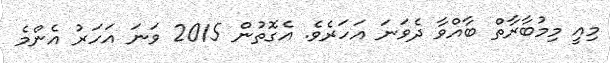
މިއީ މިމުބާރާތް ބާއްވާ ދެވަނަ އަހަރެވެ. އެގޮތުން 2015 ވަނަ އަހަރު އެންމެ